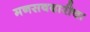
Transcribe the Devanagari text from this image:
मनसबदारीचा